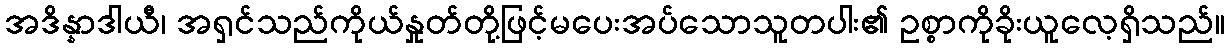
အဒိန္နာဒါယီ၊ အရှင်သည်ကိုယ်နှုတ်တို့ဖြင့်မပေးအပ်သောသူတပါး၏ ဥစ္စာကိုခိုးယူလေ့ရှိသည်။